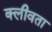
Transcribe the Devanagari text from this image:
क्लीवता